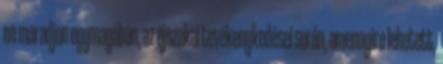
ne maradjon egymagában, az éjszakai tevékenykedései során, amennyire lehetett,